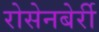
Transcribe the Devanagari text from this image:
रोसेनबेर्री